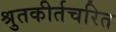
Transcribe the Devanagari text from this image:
श्रुतकीर्तचरित